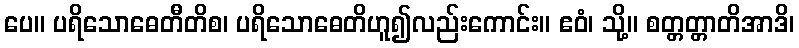
ပေ။ ပရိသောဓေတီတိစ၊ ပရိသောဓေတိဟူ၍လည်းကောင်း။ ဧဝံ၊ သို့။ စတ္တတ္တာတိအာဒိ၊